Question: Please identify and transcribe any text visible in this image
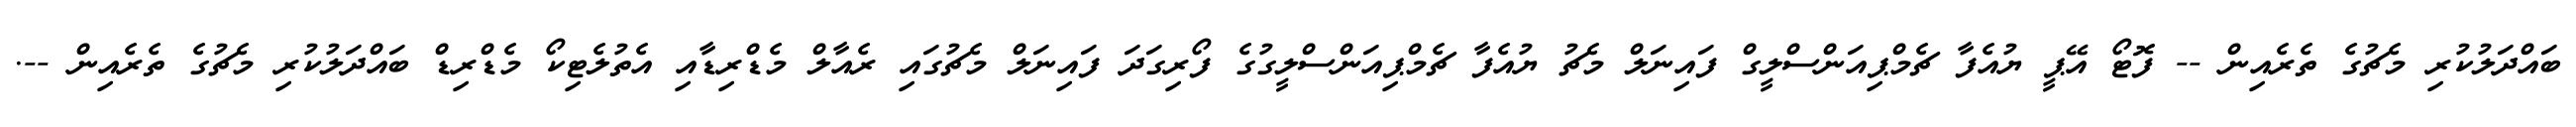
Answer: ބައްދަލުކުރި މެޗުގެ ތެރެއިން -- ފޮޓޯ އޭޕީ ޔުއެފާ ޗެމްޕިއަންސްލީގް ފައިނަލް މެޗު ޔުއެފާ ޗެމްޕިއަންސްލީގުގެ ފޯރިގަދަ ފައިނަލް މެޗުގައި ރެއާލް މެޑްރިޑާއި އެތުލެޓިކޯ މެޑްރިޑް ބައްދަލުކުރި މެޗުގެ ތެރެއިން --.